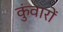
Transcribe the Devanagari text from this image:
कुंवारों